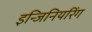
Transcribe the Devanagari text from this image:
इन्जिनियरिंग